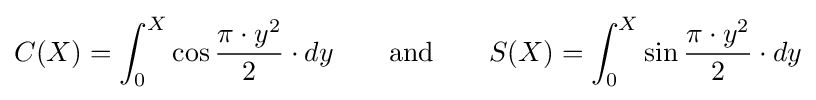
C(X)=\int _{0}^{X}\cos {\frac {\pi \cdot y^{2}}{2}}\cdot dy\qquad {\text{and}}\qquad S(X)=\int _{0}^{X}\sin {\frac {\pi \cdot y^{2}}{2}}\cdot dy